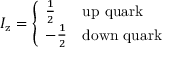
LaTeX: I _ { \mathrm { z } } = { \left\{ \begin{array} { l l } { { \frac { 1 } { 2 } } } & { { \mathrm { u p ~ q u a r k } } } \\ { - { \frac { 1 } { 2 } } } & { { \mathrm { d o w n ~ q u a r k } } } \end{array} \right. }